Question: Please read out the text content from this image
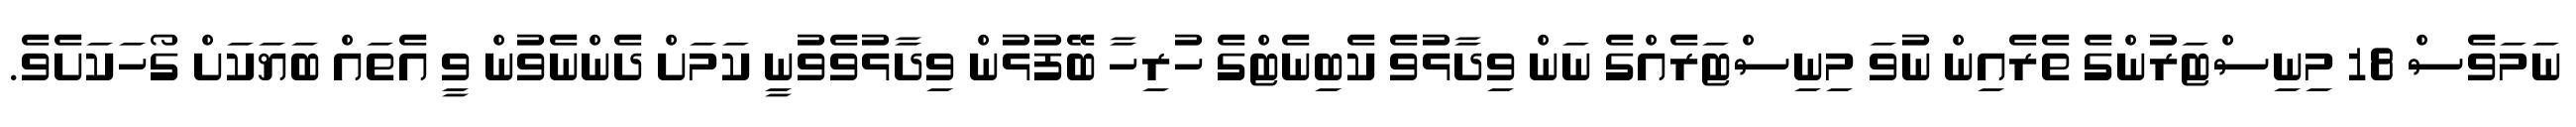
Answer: ނަމަވެސް 18 މިނިސްޓަރުންގެ ތެރެއިން ނުވަ މިނިސްޓަރެއްގެ ނަން ވިދާޅުވެ ކެބިނެޓްގެ ހުރިހާ ބޭފުޅުން ވިދާޅުވެވުނީ ކަމަށް ދެންނެވުން ވީ އެތައް ބަޔަކަށް ގޯހަކަށެވެ.